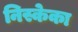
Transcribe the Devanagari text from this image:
निस्केका